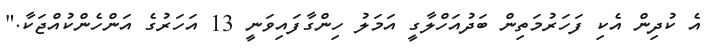
އެ ކުދިން އެކި ފަހަރުމަތިން ބަދުއަހްލާގީ އަމަލު ހިންގާފައިވަނީ 13 އަހަރުގެ އަންހެންކުއްޖަކާ."